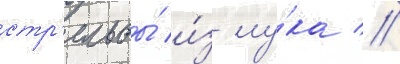
стр'ельбы́ и́з лу́ка //